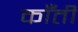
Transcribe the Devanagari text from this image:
काँती